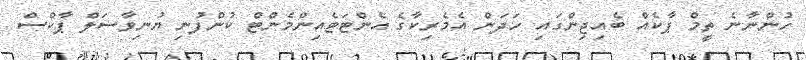
ހުންނާނެ ތީމް ޕާކެއް ބެއިޖިންގައި ހަދަން އެމެރިކާގެ އެންޓަޓެއިންމެންޓް ކުންފުނި ޔުނިވާސަލް ޕާކްސް